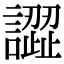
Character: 譅